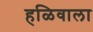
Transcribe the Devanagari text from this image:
हळिवाला